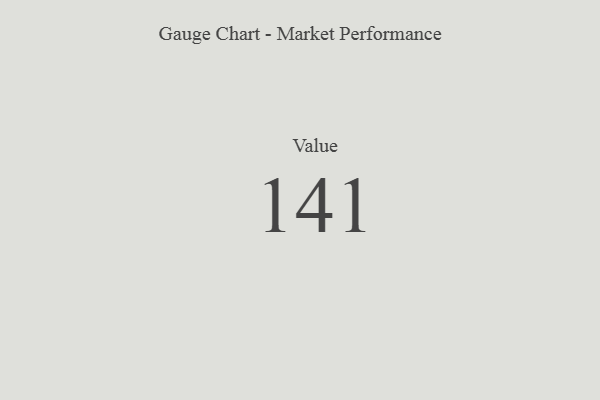
{"axis": {"x": "Metric", "y": "Value"}, "legend": [""], "data": [{"x": "Value", "y": 141, "type": ""}]}